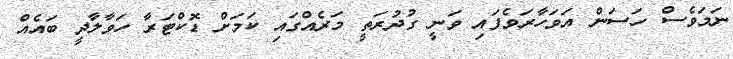
ނަމަވެސް ހަސަން އަވަހާރަވެފައި ވަނީ ގުދުރަތީ މަރެއްގައި ކަމަށް ޑޮކްޓަރާ ހަވާލާދީ ބައެއް